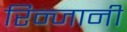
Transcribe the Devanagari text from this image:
रिन्जानी